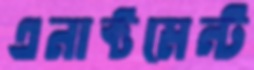
এনাক্টমেন্ট